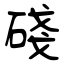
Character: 碊